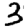
Digit: 3